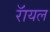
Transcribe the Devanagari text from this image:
रॅायल